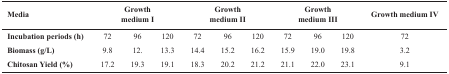
<table><thead><tr><td><b>Media</b></td><td colspan="3"><b>Growthmedium I</b></td><td colspan="3"><b>Growthmedium II</b></td><td colspan="3"><b>Growthmedium III</b></td><td colspan="2"><b>Growth medium IV</b></td></tr></thead><tbody><tr><td><b>Incubation periods (h)</b></td><td>72</td><td>96</td><td>120</td><td>72</td><td>96</td><td>120</td><td>72</td><td>96</td><td>120</td><td>72</td></tr><tr><td><b>Biomass (g/L)</b></td><td>9.8</td><td>12.</td><td>13.3</td><td>14.4</td><td>15.2</td><td>16.2</td><td>15.9</td><td>19.0</td><td>19.8</td><td>3.2</td></tr><tr><td><b>Chitosan Yield (%)</b></td><td>17.2</td><td>19.3</td><td>19.1</td><td>18.3</td><td>20.2</td><td>21.2</td><td>21.1</td><td>22.0</td><td>23.1</td><td>9.1</td></tr></tbody></table>